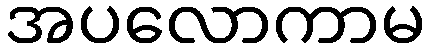
အပလောကာမ